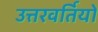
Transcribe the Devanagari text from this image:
उत्तरवर्तियों